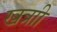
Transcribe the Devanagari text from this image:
खत्राी